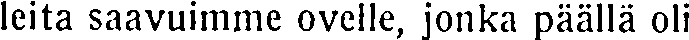
leita saavuimme ovelle, jonka päällä oli